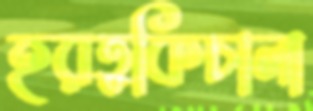
হরতুকিচালা